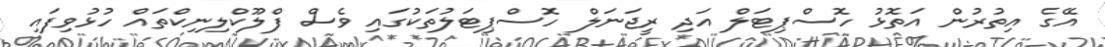
އޭގެ އިތުރުން އަތޮޅު ހޮސްޕިޓަލް އަދި ރީޖަނަލް ހޮސްޕިޓަލުތަކުގައި ވެސް ފްލޫކްލިނިކްތައް ހުޅުވިފައި